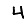
Digit: 4